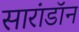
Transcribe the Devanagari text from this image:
सारांडॉन